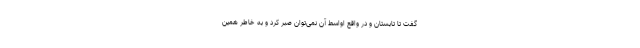
گفت تا تابستان و در واقع اواسط آن نمی‌توان صبر کرد و به خاطر همین